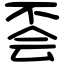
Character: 𠀾